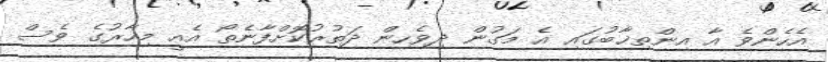
އެހެންވެ އާ އިންތިޚާބުގައި އެ މަގުން ދިވެހިން ދަތުރުކޮށްފާނެތޯ އެއީ މިހާރުގެ ވެސް